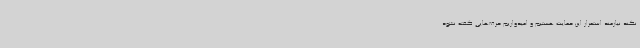
نکند نیازمند استمرار این حمایت هستیم و امیدواریم حرف‌هایی گفته نشود